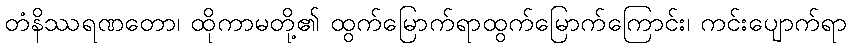
တံနိဿရဏတော၊ ထိုကာမတို့၏ ထွက်မြောက်ရာထွက်မြောက်ကြောင်း၊ ကင်းပျောက်ရာ